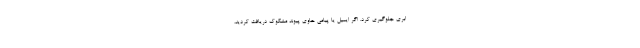
ابری جلوگیری کرد. اگر ایمیل یا پیامی حاوی پیوند مشکوک دریافت کردید،